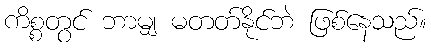
ကိစ္စတွင် ဘာမျှ မတတ်နိုင်ဘဲ ဖြစ်နေသည်။